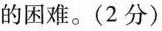
的困难。(2分)